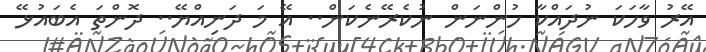
އޭރު ވާހަކަ ނުދައްކާ ހުންނަން ނުކެރޭނެކަން.. އޭ މަ ދަނިއްޔޭ.. ދޮންތަ އެބައުޅޭ